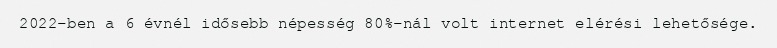
2022-ben a 6 évnél idősebb népesség 80%-nál volt internet elérési lehetősége.